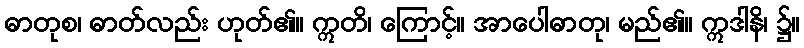
ဓာတုစ၊ ဓာတ်လည်း ဟုတ်၏။ ဣတိ၊ ကြောင့်။ အာပေါဓာတု၊ မည်၏။ ဣဒါနိ၊ ၌။